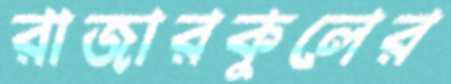
রাজারকুলের